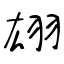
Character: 翃